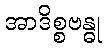
အာဒိစ္စဗန္ဓု